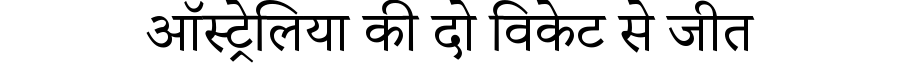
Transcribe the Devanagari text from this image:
ऑस्ट्रेलिया की दो विकेट से जीत